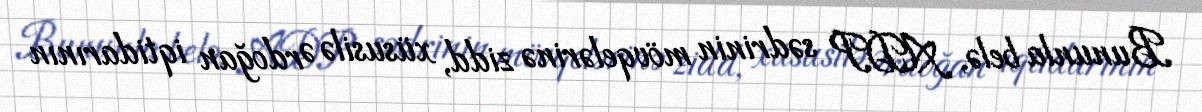
Bununla belə, ADP sədrinin mövqelərinə zidd, xüsusilə Ərdoğan iqtidarının